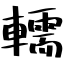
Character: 轜